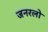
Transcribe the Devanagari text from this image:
जनरलो